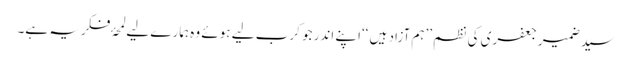
سید ضمیر جعفری کی نظم ’’ہم آزاد ہیں ‘‘اپنے اندر جو کرب لیے ہوئے وہ ہمارے لیے لمحۂ فکریہ ہے۔